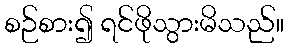
စဉ်စား၍ ရင်ဖိုသွားမိသည်။